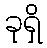
ခုရှိ